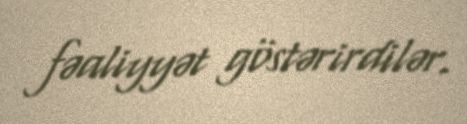
fəaliyyət göstərirdilər.